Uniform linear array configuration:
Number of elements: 4
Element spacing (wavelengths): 0.75
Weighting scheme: hamming
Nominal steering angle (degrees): -15
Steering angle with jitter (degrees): -15.446
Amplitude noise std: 0.05
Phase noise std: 0.05

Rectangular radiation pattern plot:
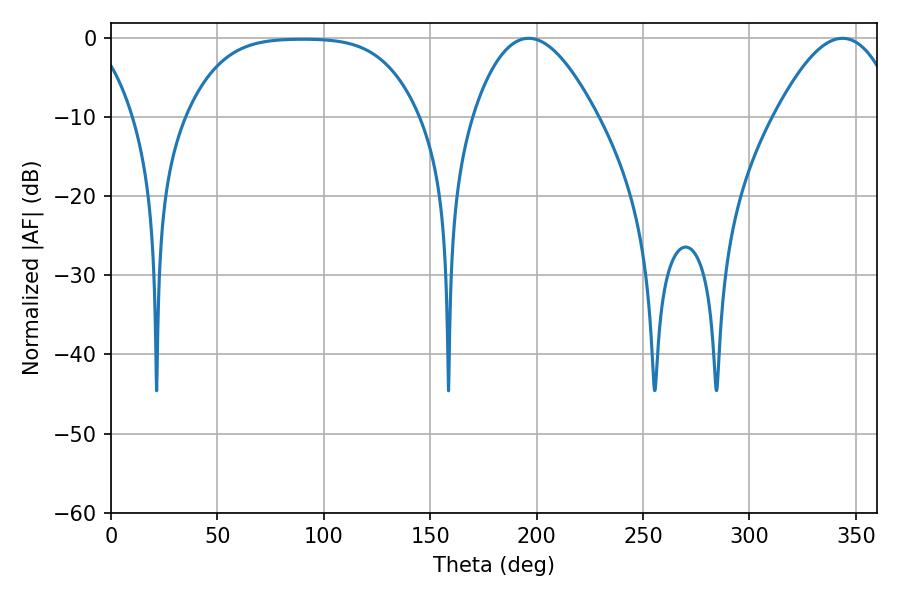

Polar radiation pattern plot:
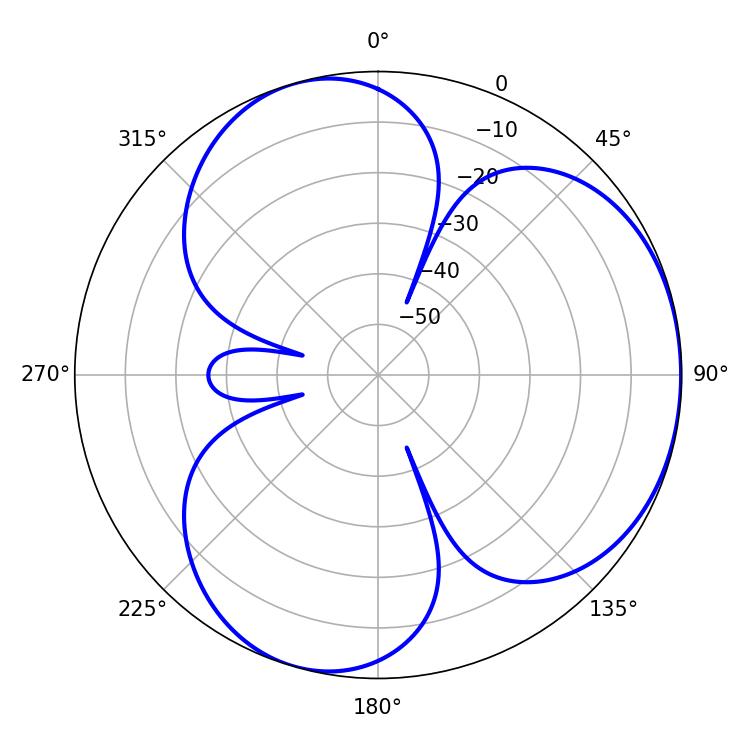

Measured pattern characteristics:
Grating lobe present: TRUE
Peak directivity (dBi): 3.948
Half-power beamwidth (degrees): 31.86
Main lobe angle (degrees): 196.2